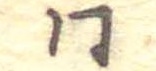
同